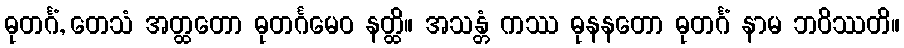
ဓုတင်္ဂံ, တေသံ အတ္ထတော ဓုတင်္ဂမေဝ နတ္ထိ။ အသန္တံ ကဿ ဓုနနတော ဓုတင်္ဂံ နာမ ဘဝိဿတိ။